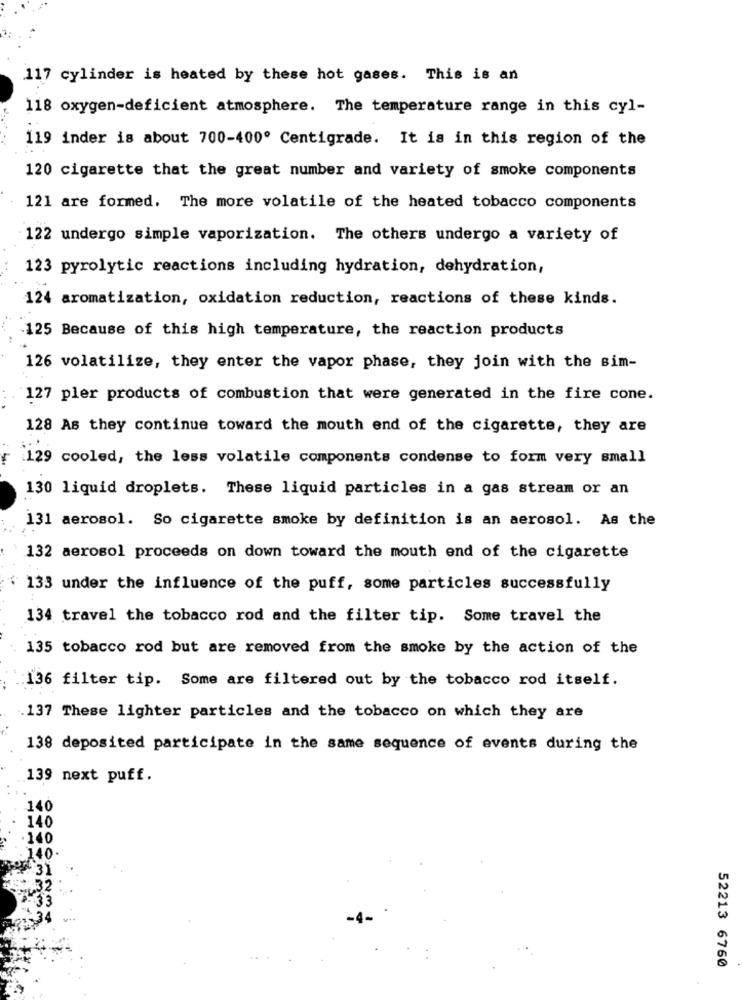
117 cylinder is heated by these hot gases. This is an
118 oxygen-deficient atmosphere. The temperature range in this cyl-
119 inder is about 700-400º Centigrade. It is in this region of the
120 cigarette that the great number and variety of smoke components
121 are formed. The more volatile of the heated tobacco components
122 undergo simple vaporization. The others undergo a variety of
123 pyrolytic reactions including hydration, dehydration,
124 aromatization, oxidation reduction, reactions of these kinds.
125 Because of this high temperature, the reaction products
126 volatilize, they enter the vapor phase, they join with the sim-
127 pler products of combustion that were generated in the fire cone.
128 As they continue toward the mouth end of the cigarette, they are
129 cooled, the less volatile components condense to form very small
130 liquid droplets. These liquid particles in a gas stream or an
131 aerosol. So cigarette smoke by definition is an aerosol. As the
132 aerosol proceeds on down toward the mouth end of the cigarette
" 133 under the influence of the puff, some particles successfully
134 travel the tobacco rod and the filter tip. Some travel the
135 tobacco rod but are removed from the smoke by the action of the
:136 filter tip. Some are filtered out by the tobacco rod itself.
.137 These lighter particles and the tobacco on which they are
138 deposited participate in the same sequence of events during the
139 next puff.
140
140
140
140.
31
33
52213 6760